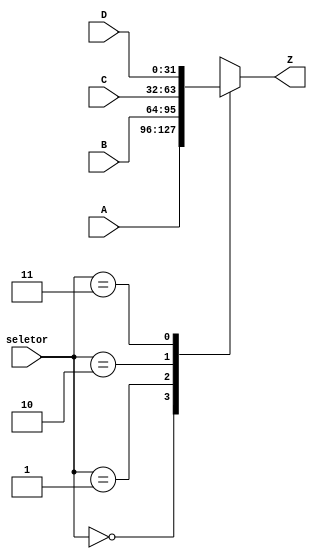
module Mux4_32bits(A, B, C, D, Z,seletor);

input [31:0] A, B, C, D;
input [1:0] seletor;

output reg [31:0] Z;

always@(*)
begin
	case(seletor)
		2'b00: Z = A;
		2'b01: Z = B;
		2'b10: Z = C;
		2'b11: Z = D;
		default: Z = 32'd0;
	endcase
end

endmodule